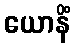
ယောနိံ